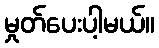
မှုတ်ပေးပါ့မယ်။